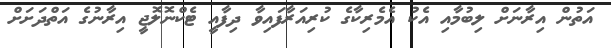
އަތުން އިރާނަށް ލިބުމާއި އެކު އެމެރިކާގެ ކުރިއަރާފައިވާ ދިފާއީ ޓެކްނޮލޮޖީ އިރާނުގެ އަތްދަށަށް